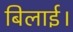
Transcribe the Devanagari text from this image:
बिलाई।